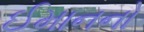
ઈમાનનો